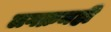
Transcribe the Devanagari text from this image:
लगक्रमही